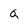
Character: a